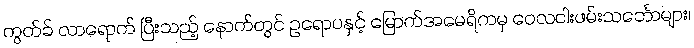
ကွတ်ခ် လာရောက် ပြီးသည့် နောက်တွင် ဥရောပနှင့် မြောက်အမေရိကမှ ဝေလငါးဖမ်းသင်္ဘောများ၊